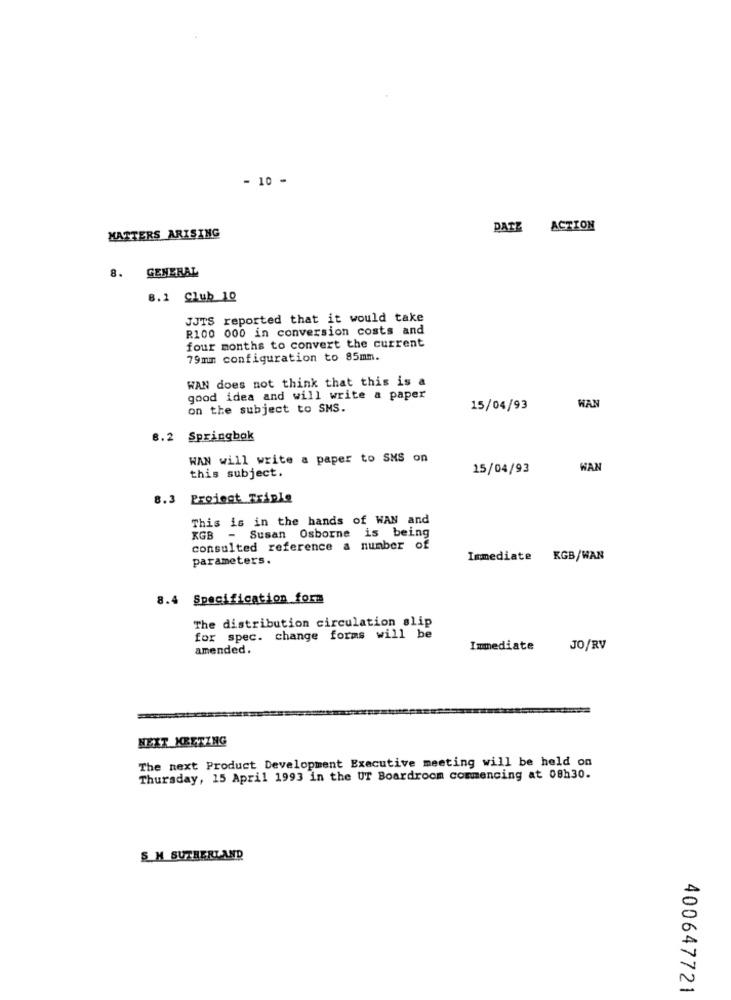
- 10 -
DATE ACTION
MATTERS ARISING
8. GENERAL
8.1 Club 10
JJTS reported that it would take
R100 000 in conversion costs and
four months to convert the current
79mm configuration to 85mm.
WAN does not think that this is a
good idea and will write a paper
on the subject to SMS.
15/04/93
WAN
8.2 Springbok
WAN will write a paper to SMS on
this subject.
15/04/93
WAN
8.3 Project Triple
This is in the hands of WAN and
KGB - Susan Osborne is being
consulted reference a number of
parameters.
Immediate KGB/WAN
Specification form
The distribution circulation slip
for spec. change forms will be
amended.
Immediate
JO/RV
NEXT KEETZNG
The next Product Development Executive meeting will be held on
Thursday, 15 April 1993 in the UT Boardroom commencing at 08h30.
S_M SUTHERLAND
400647721